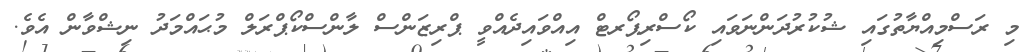
މި ރަސްމިއްޔާތުގައި ޝުކުރުދަންނަވައި ކޯސްރިޕޯރޓް އިއްވައިދެއްވީ ޕްރިޒަންސް ލާންސްކޯޕްރަލް މުޙައްމަދު ނިޝްވާން އެވެ.